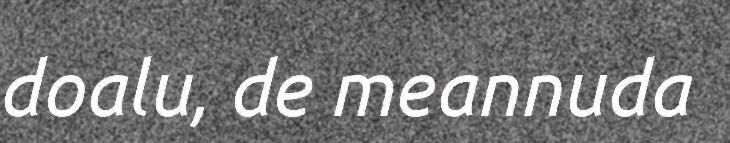
doalu, de meannuda